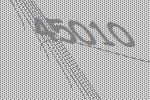
45010